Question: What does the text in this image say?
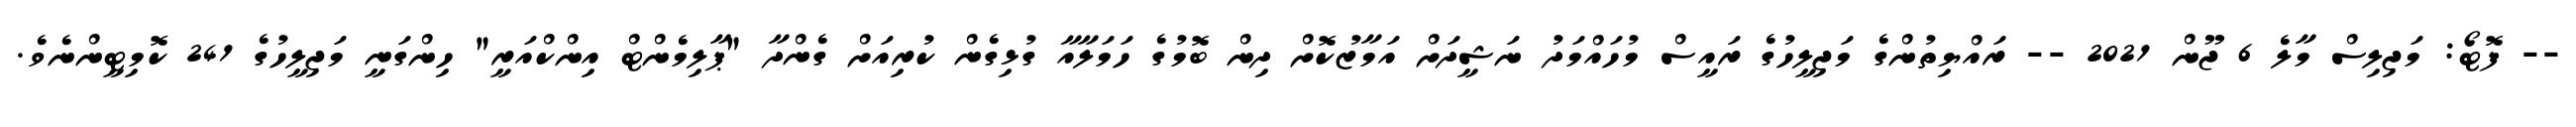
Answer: -- ފޮޓޯ: މަޖިލިސް މާލެ 6 ޖޫން 2021 -- ރައްޔިތުންގެ މަޖިލީހުގެ ރައީސް މުހައްމަދު ނަޝީދަށް އަމާޒުކޮށް ދިން ބޮމުގެ ހަމަލާއާ ގުޅިގެން ކުރިއަށް ގެންދާ "ޕާލިމެންޓް އިންކްއަރީ" ހިންގަނީ މަޖިލީހުގެ 241 ކޮމިޓީންނެވެ.